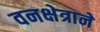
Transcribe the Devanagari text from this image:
वनक्षेत्राने